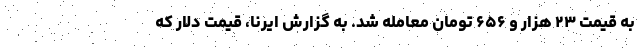
به قیمت ۲۳ هزار و ۶۵۶ تومان معامله شد. به گزارش ایرنا، قیمت دلار که